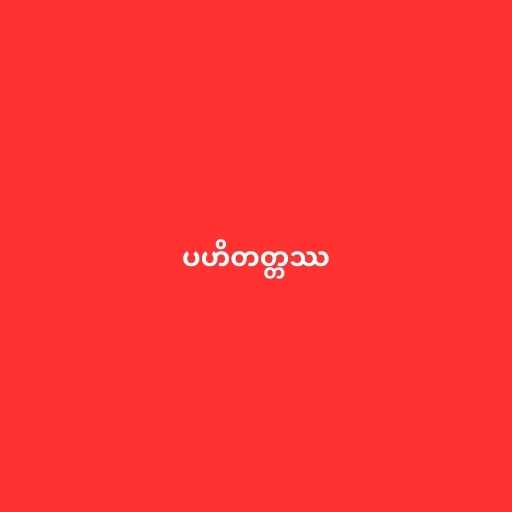
ပဟိတတ္တဿ